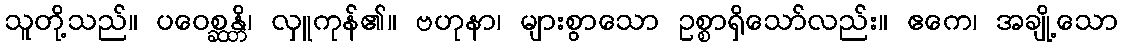
သူတို့သည်။ ပဝေစ္ဆန္တိ၊ လှူကုန်၏။ ဗဟုနာ၊ များစွာသော ဥစ္စာရှိသော်လည်း။ ဧကေ၊ အချို့သော